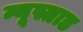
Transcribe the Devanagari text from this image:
न्यूस्ताड